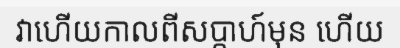
វាហើយកាលពីសប្តាហ៍មុន ហើយ